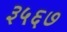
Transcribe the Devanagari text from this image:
३५६७